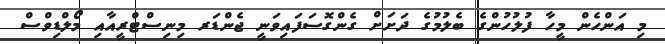
މި އަންހެން މީހާ ފުލުހުންގެ ބެލުމުގެ ދަށަށް ގެންގޮސަފައިވަނީ ޖެންޑަރ މިނިސްޓްރީއާއި މޯލްޑިވްސް